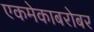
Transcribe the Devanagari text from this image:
एकमेकाबरोबर